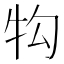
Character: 𭷖